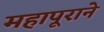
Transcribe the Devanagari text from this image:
महापूराने